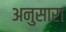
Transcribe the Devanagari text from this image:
अनुसारा